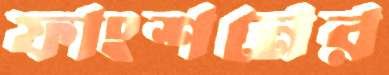
ফাংশনের